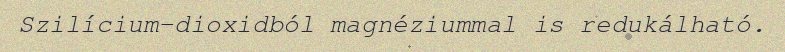
Szilícium-dioxidból magnéziummal is redukálható.